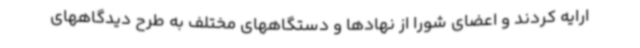
ارایه کردند و اعضای شورا از نهادها و دستگاههای مختلف به طرح دیدگاههای